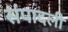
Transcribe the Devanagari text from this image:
संपादली